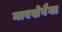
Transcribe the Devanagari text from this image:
नावखेवैया